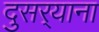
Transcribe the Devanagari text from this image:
दुसर्‍याना